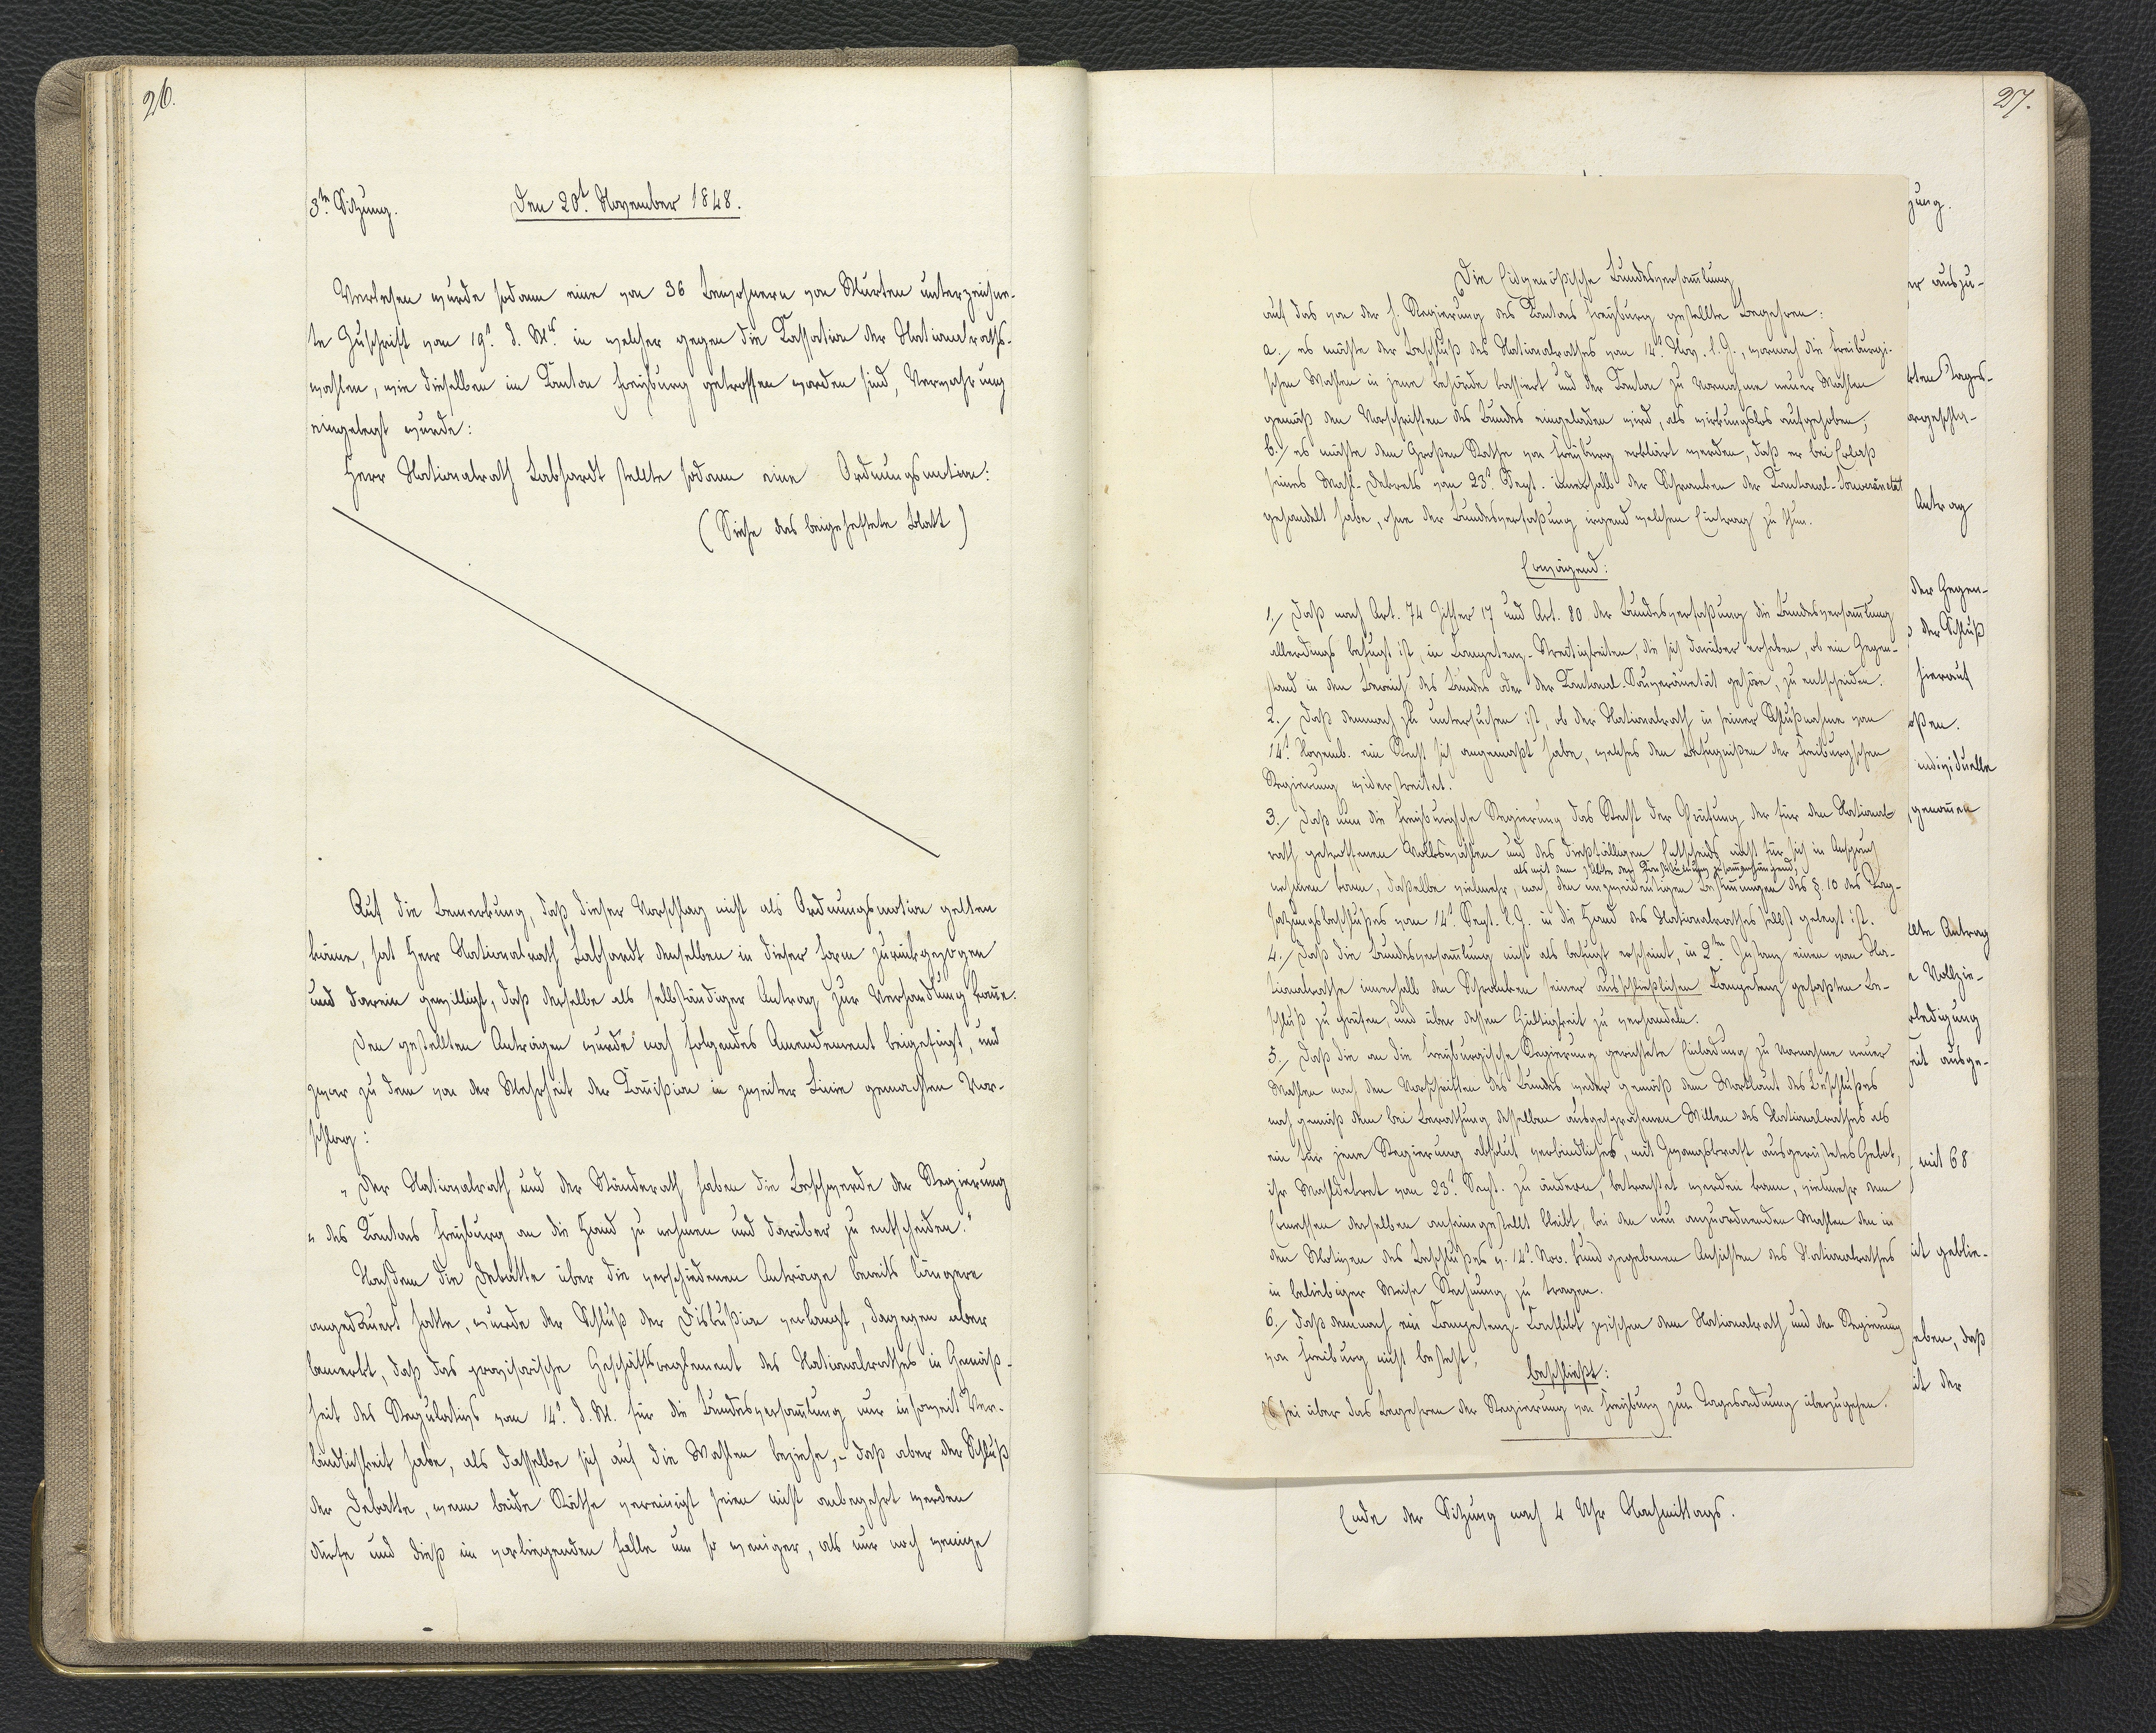
26.

3.te Sitzung.
Den 20.t November 1848.

Verlesen wurde sodann eine von 36 Bewohnern von Murten unterzeichne¬
te Zuschrift vom 19.t d. M. in welcher gegen die Kassation der Nationalraths¬
wahlen, wie dieselben im Kanton Freyburg getroffen worden sind, Verwahrung
eingelegt wurde:
Herr Nationalrath Labhardt stellte sodann eine Ordnungsmotion:
(Siehe das beigeheftete Blatt)
Auf die Bemerkung, daß dieser Vorschlag nicht als Ordnungsmotion gelten
könne, hat Herr Nationalrath Labhardt denselben in dieser Form zurückgezogen
und darein gewilligt, daß derselbe als selbständiger Antrag zur Verhandlung komme.
Den gestellten Anträgen wurde noch folgendes Amendement beigefügt, und
zwar zu dem von der Mehrheit der Kommission in zweiter Linie gemachten Vor¬
schlag:
"Der Nationalrath und der Ständerath haben die Beschwerde der Regierung
des Kantons Freyburg an die Hand zu nehmen und darüber zu entscheiden."
Nachdem die Debatte über die verschiedenen Anträge bereits längere
angedauert hatte, wurde der Schluß der Diskußion verlangt, dagegen aber
bemerkt, daß das provisorische Geschäftsreglement des Nationalrathes in Gemäß¬
heit des Regulativs vom 14.t d. M. für die Bundesversammlung nur insoweit Ver¬
bindlichkeit habe, als dasselbe sich auf die Wahlen beziehe, - daß aber der Schluß
der Debatte, wenn beide Räthe vereinigt seien nicht anbegehrt werden
dürfe und dieß im vorliegenden Falle um so weniger, als nur noch wenige

27.

Die Eidgenößische Bundesversammlung
auf das von der h. Regierung des Kantons Freyburg gestellte Begehren:
a. es möchte der Beschluß des Nationalrathes vom 14.t Nov. l. J., wornach die Freiburgi¬
schen Wahlen in jene Behörde kassiert und der Kanton zu Vornahme neuer Wahlen
gemäß den Vorschriften des Bundes eingeladen wird, als wirkungslos aufgehoben;
b. es möchte dem Großen Rathe von Freyburg erklärt werden, daß er bei Erlaß
eines Wahl-Dekrets vom 23.t Sept. innerhalb der Schranken der Kantonal-Souveränität
gehandelt habe, ohne der Bundesverfaßung irgend welchen Eintrag zu thun.
Erwägend:
1. Daß nach Art. 74 Ziffer 17 und Art. 80 der Bundesverfaßung die Bundesversammlung
allerdings befugt ist, in Kompetenz-Streitigkeiten, die sich darüber erhoben, ob ein Gegen¬
stand in den Bereich des Bundes oder der Kantonal-Souveränität gehöre, zu entscheiden.
2. Daß demnach zu untersuchen ist, ob der Nationalrath in seiner Schlußnahme vom
14.t Novemb. ein Recht sich angemaßt habe, welches den Befugnißen der Freiburgschen
Regierung widerstreitet.
3. Daß nun die Freyburgsche Regierung das Recht der Prüfung der für den National¬
rath getroffenen Volkswahlen und des dießfälligen Entscheids nicht für sich in Anspruch
als mit dem Akte der Konstituirung zusammenhängend,
nehmen kann, daßelbe vielmehr, nach den unzweideutigen Bestimmungen des § 10 des Tag¬
satzungsbeschlußes vom 14.t Sept. l. J. in die Hand des Nationalrathes selbst gelegt ist.
4. Daß die Bundesversammlung nicht als befugt erscheint, in 2.ter Instanz einen vom Na¬
tionalrathe innerhalb den Schranken seiner ausschließlichen Kompetenz gefaßten Be¬
schluß zu prüfen, und über dessen Gültigkeit zu verhandeln.
5. Daß die an die Freyburgische Regierung gerichtete Einladung zu Vornahme neuer
Wahlen nach den Vorschriften des Bundes weder gemäß dem Wortlaut des Beschlußes
noch gemäß dem bei Berathung desselben ausgesprochenen Willen des Nationalrathes als
ein für jene Regierung absolut verbindliches, mit xxxngskraft ausgerüstetes Gebot,
ihr Wahldekret vom 23.t Sept. zu ändern, betrachtet werden kann, vielmehr vom
Ermessen derselben anheimgestellt bleibt, bei den neu anzuordnenden Wahlen den in
den Motiven des Beschlußes v. 14.t Nov. kund gegebenen Ansichten des Nationalrathes
in beliebiger Weise Rechnung zu tragen.
6. daß demnach ein Kompetenz-Konflikt zwischen dem Nationalrath und der Regierung
von Freiburg nicht besteht,
beschließt:
Es sei über das Begehren der Regierung von Freyburg zur Tagesordnung überzugehen.